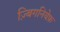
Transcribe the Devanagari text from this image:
ज़्बिगनियेफ़